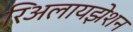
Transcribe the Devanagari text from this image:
रिअलायझेशन